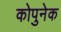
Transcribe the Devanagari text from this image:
कोपुनेक